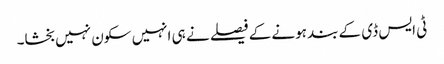
ٹی ایس ڈی کے بند ہونے کے فیصلے نے ہی انہیں سکون نہیں بخشا۔